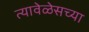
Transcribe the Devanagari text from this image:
त्यावेळेसच्या